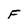
Character: F